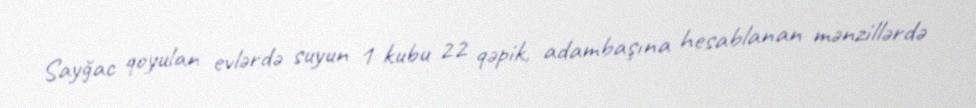
Sayğac qoyulan evlərdə suyun 1 kubu 22 qəpik, adambaşına hesablanan mənzillərdə